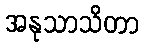
အနုသာသိတာ